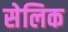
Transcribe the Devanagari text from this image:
सेलिक